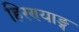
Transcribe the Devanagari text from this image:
हिरण्याङ्ग